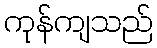
ကုန်ကျသည်